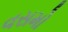
વસમો